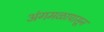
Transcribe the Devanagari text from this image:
अंगमळापासून